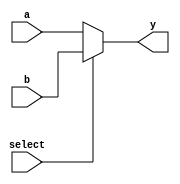
module multiplexer_2_1(
  input a,
  input b,
  input select,
  output y
);

assign y = (select)?b:a;
endmodule